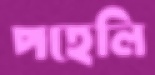
পহেলি